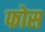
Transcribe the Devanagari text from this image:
फोस